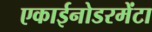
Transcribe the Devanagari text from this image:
एकाईनोडरमेंटा